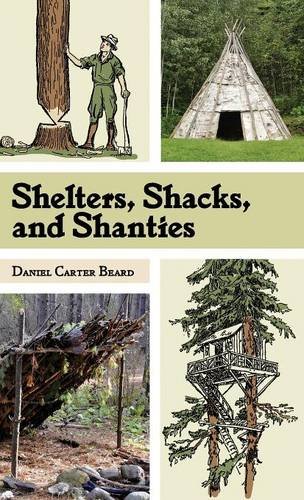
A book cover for Shelters, Shacks, and Shanties: The Classic Guide to Building Wilderness Shelters (Dover Books on Architecture); D.C. Beard; Crafts, Hobbies & Home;